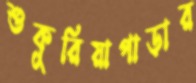
শুকুরিয়াপাড়ার